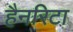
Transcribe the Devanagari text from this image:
हैनरिटा